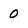
Character: 0